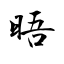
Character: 晤